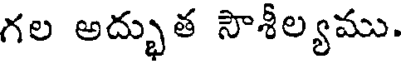
గల అద్భుత సౌశీల్యము.